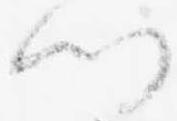
門